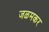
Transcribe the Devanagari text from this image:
जळमकर